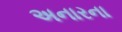
અનારના